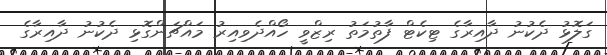
ގަލޮޅު ދެކުނު ދާއިރާގެ ޓިކެޓް ފާތުމަތު ރިޒްވީ ހޯއްދެވިއިރު މައްޗަންގޮޅި ދެކުނު ދާއިރާގެ